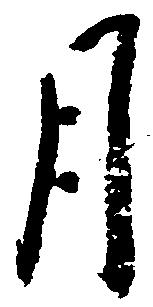
月